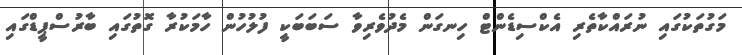
މަގުތަކުގައި ނުރައްކާތެރި އެކްސިޑެންޓް ހިނގަން މެދުވެރިވާ ސަބަބަކީ ފުލުހުން ހާމަކުރާ ގޮތުގައި ބާރުސްޕީޑްގައި